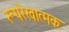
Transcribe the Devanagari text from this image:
रूपरेखात्मक